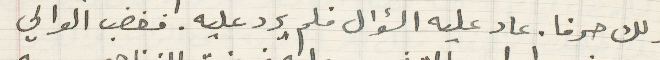
ذلك حرفا. عاد اليه السؤال فلم يرد عليه. فغضب الوالي